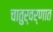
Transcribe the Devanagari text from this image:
चातुर्वर्णात